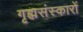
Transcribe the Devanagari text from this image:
गृह्मसंस्कारों